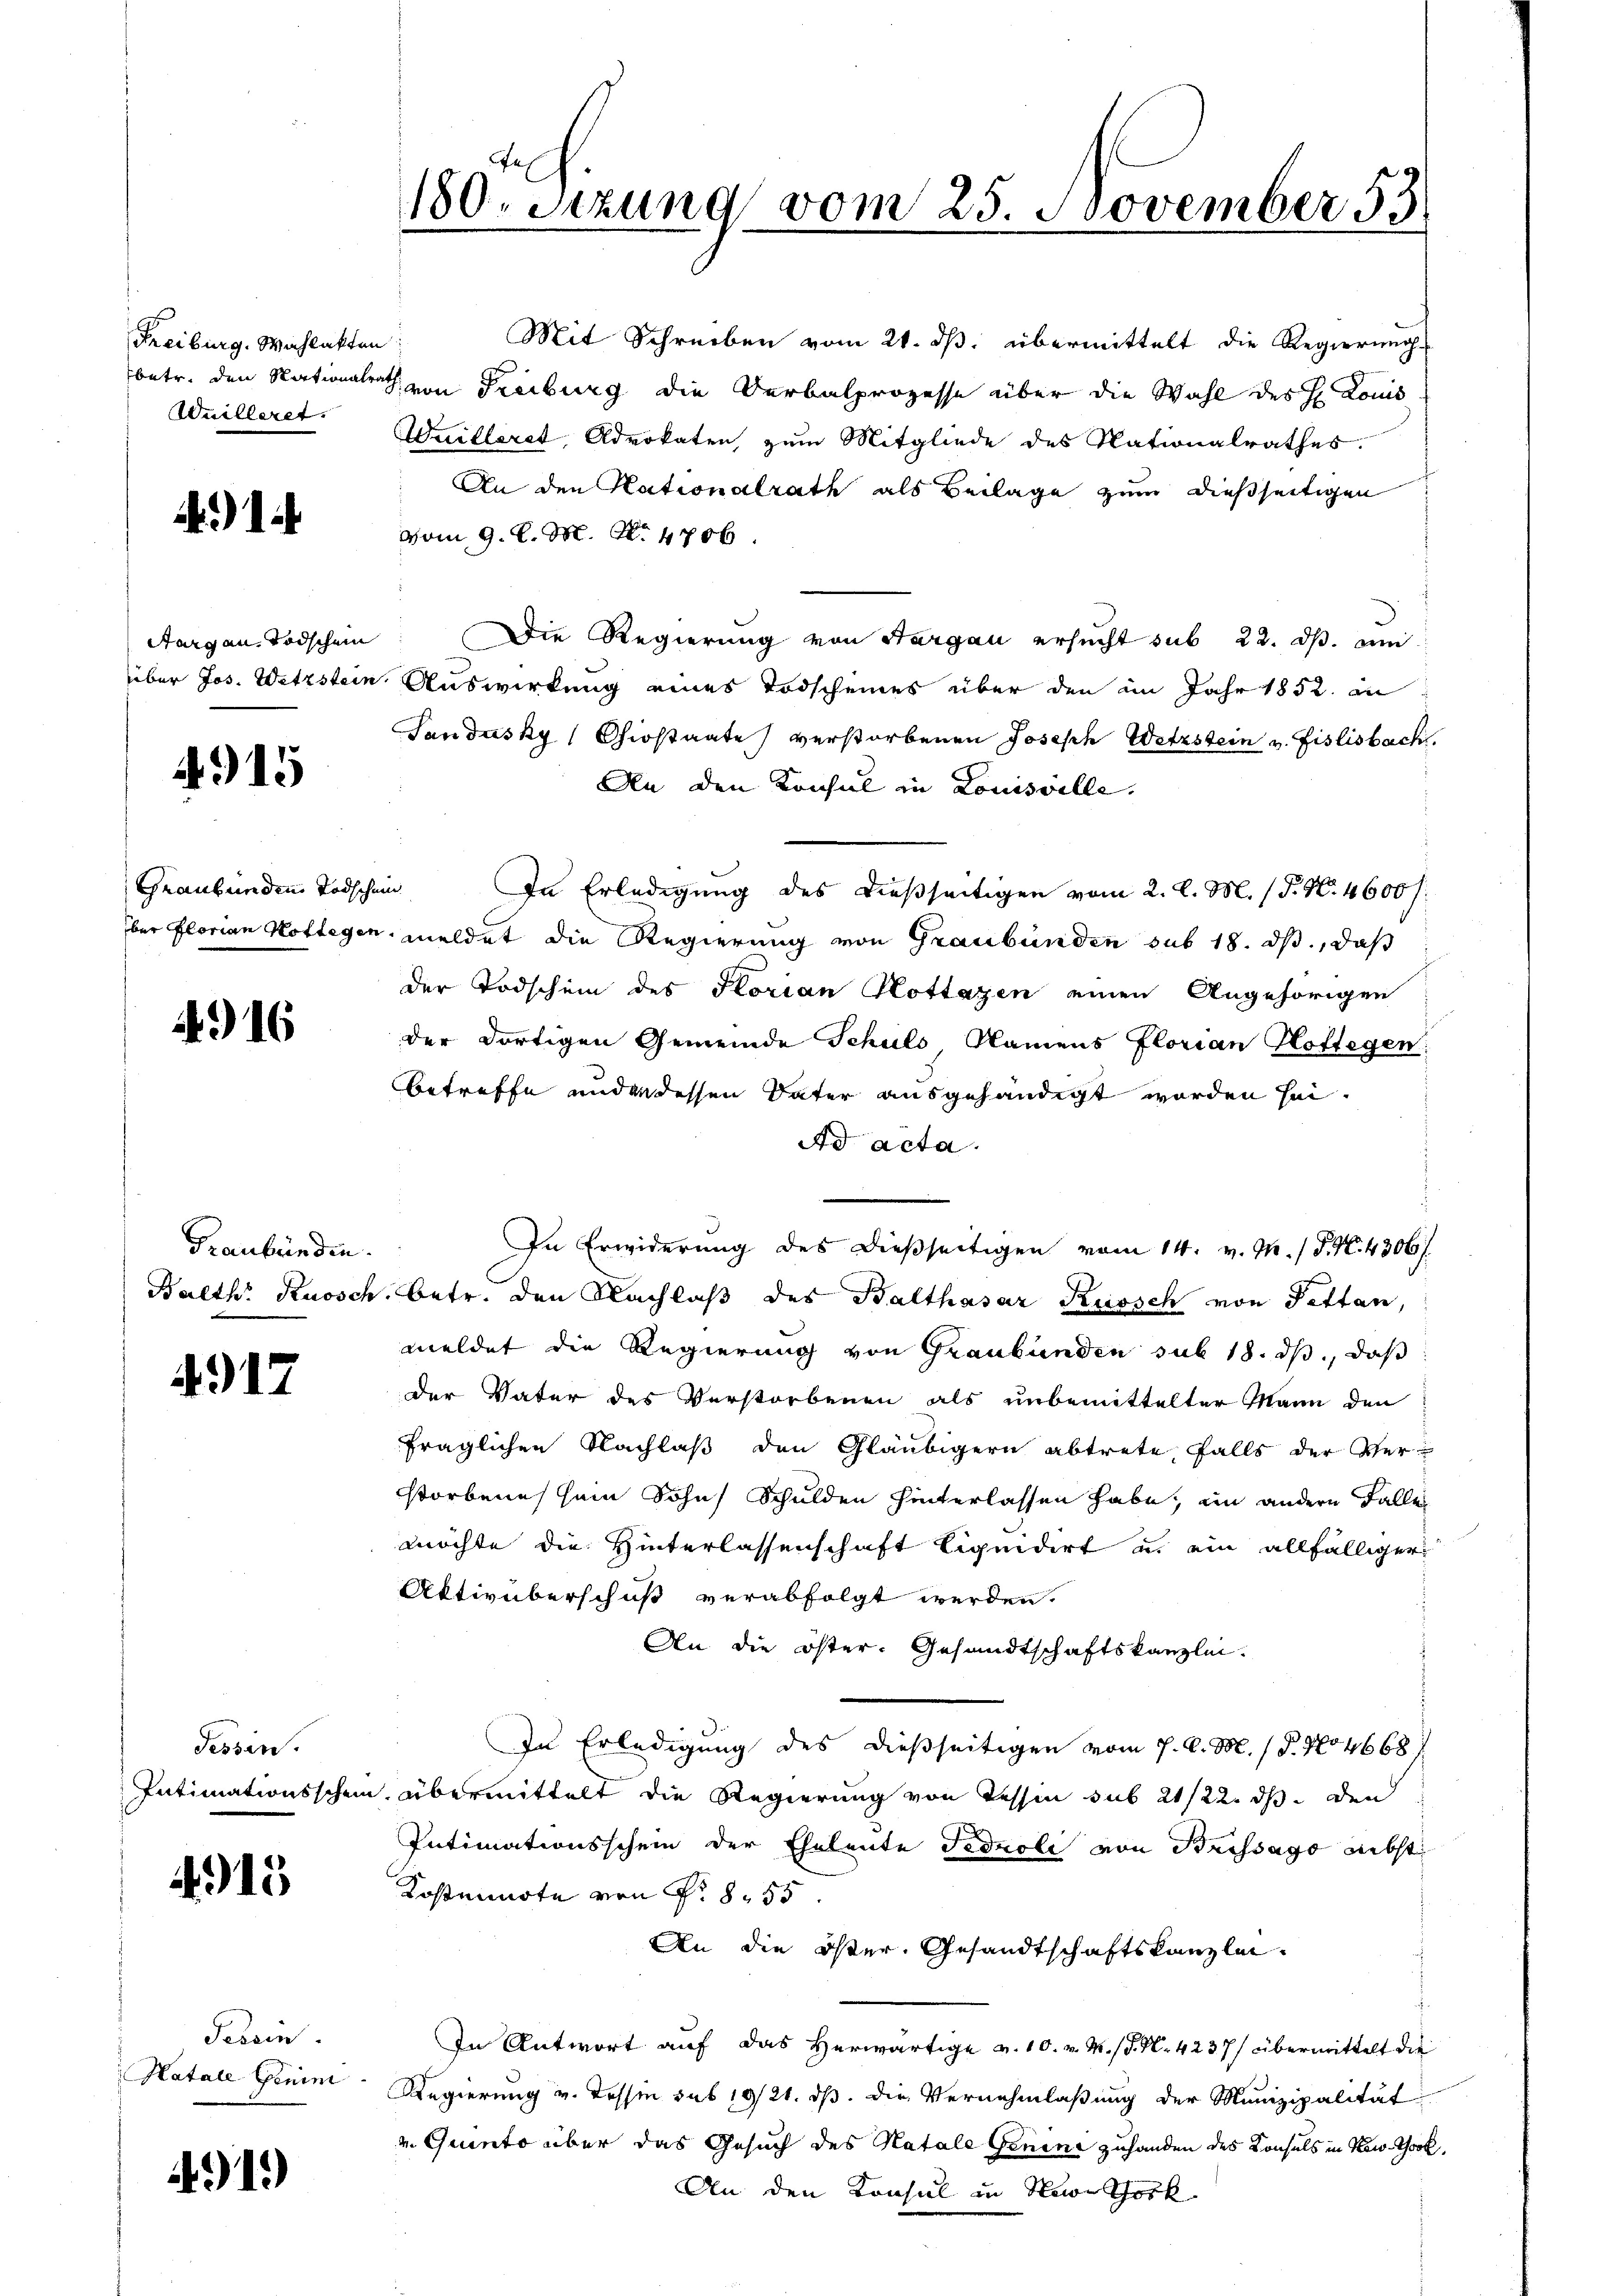
Freiburg. Wahlakten:
Wuilleret.

) 1

Aargau, Todschein

4915

Graubünden Todschein

4916

Graubünden.

4917

Fessen.

4915

Fessen.
Katale Genini

4919)

180. Sizung vom 25. November 53

Mit Schreiben vom 21. ds. übermittelt die Regierung
betr. den Nationalrath von Freiburg die Verbalprozesse über die Wahl des H. Louis
Weilleret, Advokaten, zum Mitgliede des Nationalrathes.
An den Nationalrath als Beilage zum dießseitigen
vom 9. d. M. N. 4706.
Die Regierung von Aargau ersucht sub 22. ds. an
über Jos. Wetzstein Auswirkung eines Todscheines über den im Jahr 1852. an
Sandusky (Chiostaate verstorbenen Joseph Wetzstein v. Fislisbach.
An den Konsul in Louisville.
In Erledigung des dießseitigen vom 2. l. M. (T. N. 4600 f:
ber Florian Koflegen, meldet die Regierung von Graubünden sub 18. ds., daß
der Todschein des Korian Hottazen einen Angehörigen
der dortigen Gemeinde Schuls, Namens Florian Hoffegen:
betreffe und an dessen Vater ausgehändigt worden sei.
Ad acta.
In Erwiderung des dießseitigen vom 14. v. M. / P. N. 4306/
Balth. Kuosch, betr. den Nachlaß des Balthasar Kuosch von Pettan,
meldet die Regierung von Graubünden sub 18. ds., daß
der Vater des Verstorbenen als unbemittelter Mann den
fraglichen Nachlaß den Gläubigern abtrete, falls der Ver-
storbenes sein Sohn Schulden hinterlassen habe, ein andern Falle
möchte die Hinterlassenschaft liquidirt u. ein allfälliger
Aktivüberschuß verabfolgt werden.
An die öster. Gesandtschaftskanzlei.
In Erledigung des dießseitigen vom 7. A. M. 1 S. 104668
Intimationsschein, übermittelt die Regierung von Tessin sub 21/22. ds. den
Intimationsschein der Eheleute Fedvoli von Brissago nebst
Kostennote von Nr. 855
An die öster Gesandtschaftskanzlei¬
In Antwort auf das Herwärtige v. 10. v. M. P. N. 4237/ übermittelt die
Regierung v. Tessin sub 10/21. ds. die Vernehmlaßung der Munizipalität
v. Quinto über das Gesuch des Katale Genen zuhanden des Konsuls in Kow-Thook
An den Konsul in Name Sock